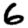
Digit: 6